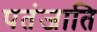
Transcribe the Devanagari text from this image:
पतंजाति